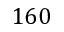
1 6 0